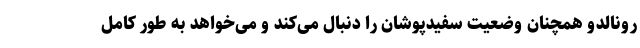
رونالدو همچنان وضعیت سفیدپوشان را دنبال می‌کند و می‌خواهد به طور کامل